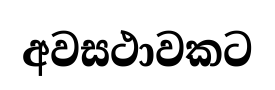
අවසථාවකට